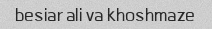
besiar ali va khoshmaze